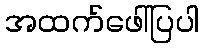
အထက်ဖေါ်ပြပါ